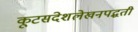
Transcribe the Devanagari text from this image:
कूटसंदेशलेखनपद्धती